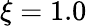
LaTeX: \xi=1.0